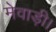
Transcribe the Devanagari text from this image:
मेवाड़ी।